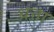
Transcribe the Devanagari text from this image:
धत्ता